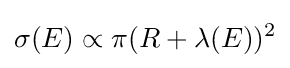
\sigma (E)\propto \pi (R+\lambda (E))^{2}